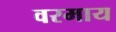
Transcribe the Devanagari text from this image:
वरमाय